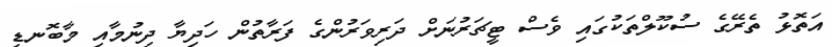
އަތޮޅު ތެރޭގެ ސުކޫލްތަކުގައި ވެސް ޓީޗަރުނަށް ދަރިވަރުންގެ ފަރާތުން ހަދިޔާ ދިނުމާއި މާބޮނޑި